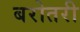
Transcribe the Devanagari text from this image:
बरोतरी